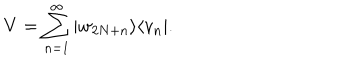
V = \sum _ { n = 1 } ^ { \infty } | w _ { 2 N + n } \rangle \langle v _ { n } | .